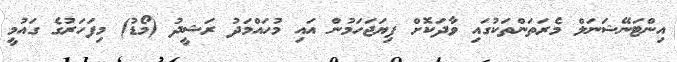
އިންޓަނޭޝަނަލް މެރަތަންތަކުގައި ވާދަކޮށް ފިޔަޖަހަމުން އައި މުހައްމަދު ރަޝީދު (މޯޑު) މިފަހަރުގެ ގައުމީ